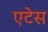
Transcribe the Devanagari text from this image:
एटेस